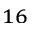
^ { 1 6 }